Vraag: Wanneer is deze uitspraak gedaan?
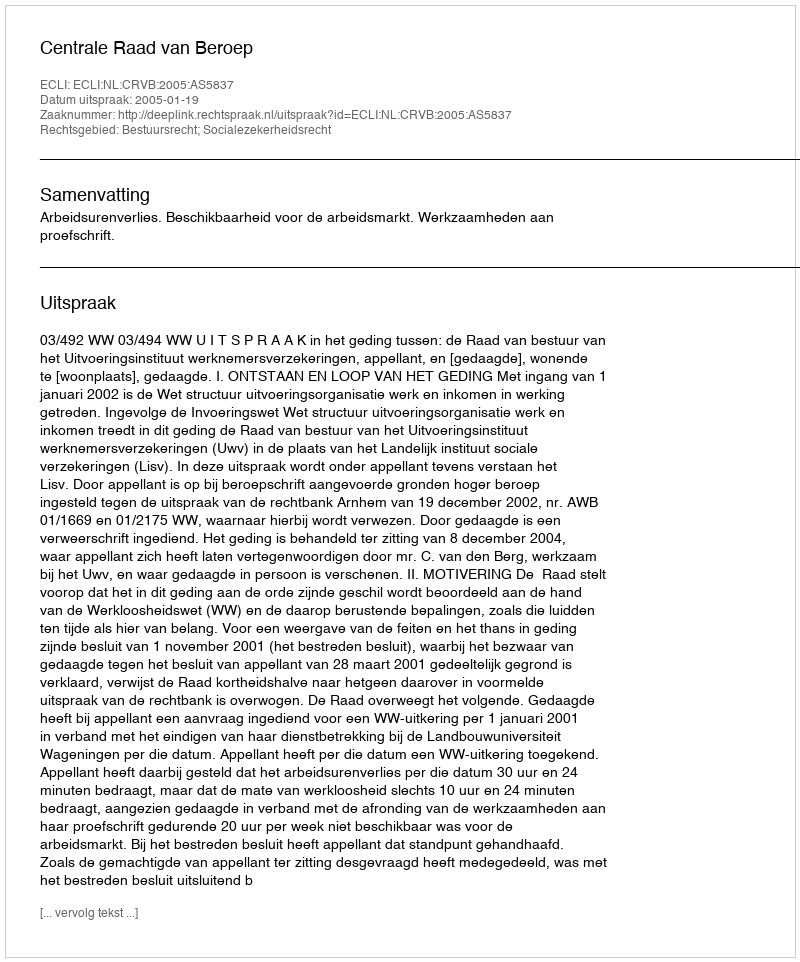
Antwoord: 2005-01-19